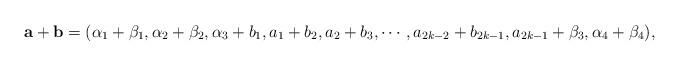
LaTeX: \begin{align*}\mathbf{a}+\mathbf{b}=(\alpha_1+\beta_1,\alpha_2+\beta_2,\alpha_3+b_1,a_1+b_2,a_2+b_3,\cdots,a_{2k-2}+b_{2k-1},a_{2k-1}+\beta_3,\alpha_4+\beta_4),\end{align*}